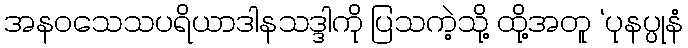
အနဝသေသပရိယာဒါနသဒ္ဒါကို ပြသကဲ့သို့ ထို့အတူ ‘ပုနပ္ပုနံ